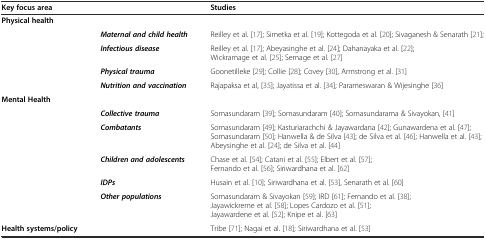
<table><thead><tr><td colspan="2"><b>Key focus area</b></td><td><b>Studies</b></td></tr></thead><tbody><tr><td><b>Physical health</b></td><td></td><td></td></tr><tr><td></td><td><b><i>Maternal and child health</i></b></td><td>Reilley et al. [17]; Simetka et al. [19]; Kottegoda et al. [20]; Sivaganesh &amp; Senarath [21];</td></tr><tr><td></td><td><b><i>Infectious disease</i></b></td><td>Reilley et al. [17]; Abeyasinghe et al. [24]; Dahanayaka et al. [22]; Wickramage et al. [25]; Semage et al. [27]</td></tr><tr><td></td><td><b><i>Physical trauma</i></b></td><td>Goonetilleke [29]; Collie [28]; Covey [30], Armstrong et al. [31]</td></tr><tr><td></td><td><b><i>Nutrition and vaccination</i></b></td><td>Rajapaksa et al, [35]; Jayatissa et al. [34]; Parameswaran &amp; Wijesinghe [36]</td></tr><tr><td><b>Mental Health</b></td><td></td><td></td></tr><tr><td></td><td><b><i>Collective trauma</i></b></td><td>Somasundaram [39]; Somasundaram [40]; Somasundarama &amp; Sivayokan, [41]</td></tr><tr><td></td><td><b><i>Combatants</i></b></td><td>Somasundaram [49]; Kasturiarachchi &amp; Jayawardana [42]; Gunawardena et al. [47]; Somasundaram [50]; Hanwella &amp; de Silva [43]; de Silva et al. [46]; Hanwella et al. [43]; Abeysinghe et al. [24]; de Silva et al. [44]</td></tr><tr><td></td><td><b><i>Children and adolescents</i></b></td><td>Chase et al. [54]; Catani et al. [55]; Elbert et al. [57]; Fernando et al. [56]; Siriwardhana et al. [62]</td></tr><tr><td></td><td><b><i>IDPs</i></b></td><td>Husain et al. [10]; Siriwardhana et al. [53], Senarath et al. [60]</td></tr><tr><td></td><td><b><i>Other populations</i></b></td><td>Somasundaram &amp; Sivayokan [59]; IRD [61]; Fernando et al. [38]; Jayawickreme et al. [58]; Lopes Cardozo et al. [51]; Jayawardene et al. [52]; Knipe et al. [63]</td></tr><tr><td><b>Health systems/policy</b></td><td></td><td>Tribe [71]; Nagai et al. [18]; Siriwardhana et al. [53]</td></tr></tbody></table>